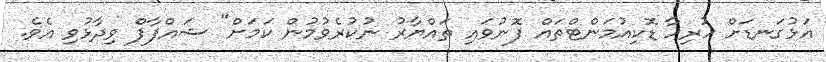
އަޅުގަނޑަށް ހުރިހާ ޑޮކިއުމަންޓްތައް ފޮނުވައި ތައްޔާރު ނުކުރެވުމުން ކަމަށް" ޝައްފާފް ވިދާޅުވި އެވެ.